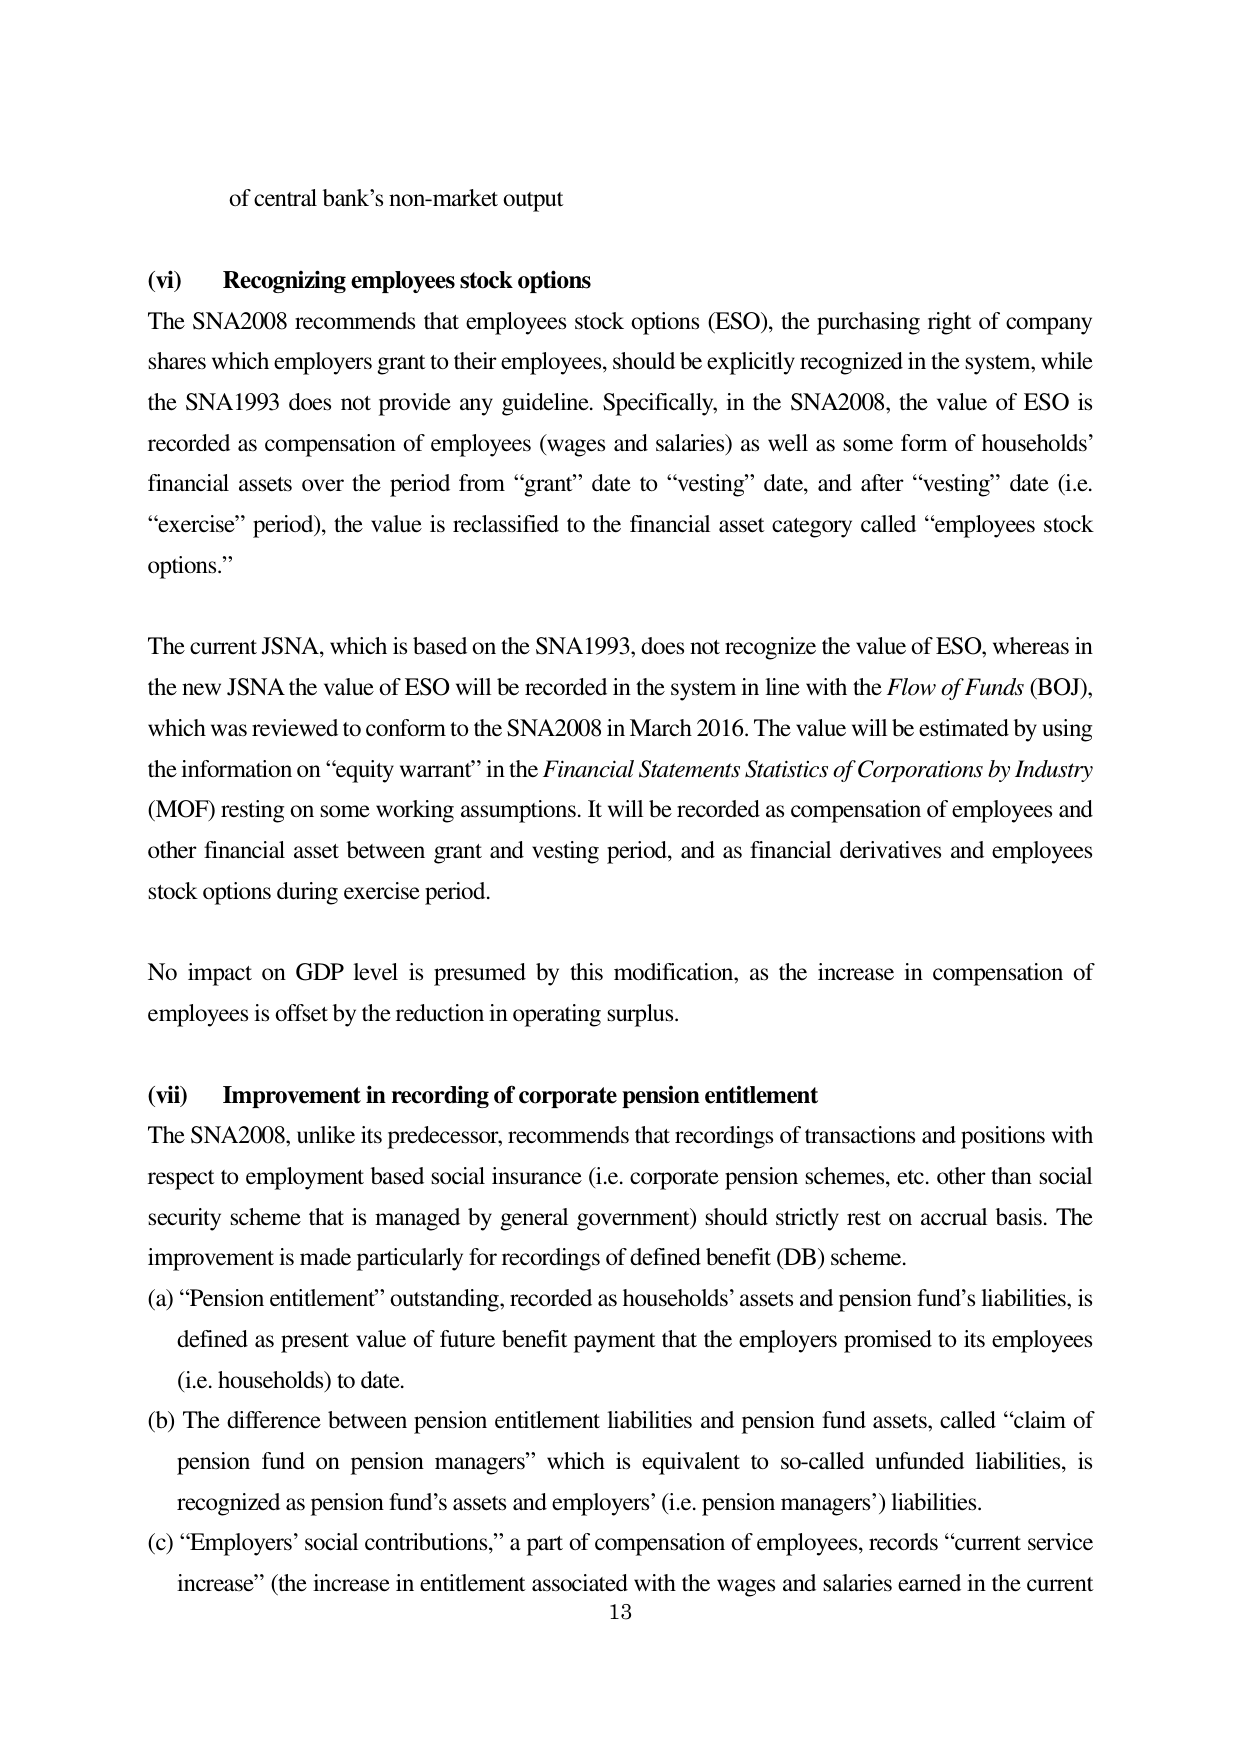
of central bank’s non-market output

(vi) Recognizing employees stock options
The SNA2008 recommends that employees stock options (ESO), the purchasing right of company shares which employers grant to their employees, should be explicitly recognized in the system, while the SNA1993 does not provide any guideline. Specifically, in the SNA2008, the value of ESO is recorded as compensation of employees (wages and salaries) as well as some form of households’ financial assets over the period from “grant” date to “vesting” date, and after “vesting” date (i.e. “exercise” period), the value is reclassified to the financial asset category called “employees stock options.”

The current JSNA, which is based on the SNA1993, does not recognize the value of ESO, whereas in the new JSNA the value of ESO will be recorded in the system in line with the Flow of Funds (BOJ), which was reviewed to conform to the SNA2008 in March 2016. The value will be estimated by using the information on “equity warrant” in the Financial Statements Statistics of Corporations by Industry (MOF) resting on some working assumptions. It will be recorded as compensation of employees and other financial asset between grant and vesting period, and as financial derivatives and employees stock options during exercise period.

No impact on GDP level is presumed by this modification, as the increase in compensation of employees is offset by the reduction in operating surplus.

(vii) Improvement in recording of corporate pension entitlement
The SNA2008, unlike its predecessor, recommends that recordings of transactions and positions with respect to employment based social insurance (i.e. corporate pension schemes, etc. other than social security scheme that is managed by general government) should strictly rest on accrual basis. The improvement is made particularly for recordings of defined benefit (DB) scheme.
(a) “Pension entitlement” outstanding, recorded as households’ assets and pension fund’s liabilities, is defined as present value of future benefit payment that the employers promised to its employees (i.e. households) to date.
(b) The difference between pension entitlement liabilities and pension fund assets, called “claim of pension fund on pension managers” which is equivalent to so-called unfunded liabilities, is recognized as pension fund’s assets and employers’ (i.e. pension managers’) liabilities.
(c) “Employers’ social contributions,” a part of compensation of employees, records “current service increase” (the increase in entitlement associated with the wages and salaries earned in the current
13